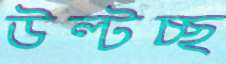
উল্‌টচ্ছ